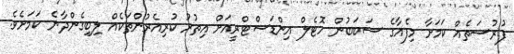
ފުރުސަތެއް ކަމަށާ މިފެއާގެ ސަބަބުން ހޮޓެލް އިންޑަސްޓްރީއަށް އިތުރު ކުރިއެރުންތަކެއް ލިބިގެންދާނެ ކަމަށެވެ.